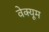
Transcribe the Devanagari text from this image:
वेक्यूम